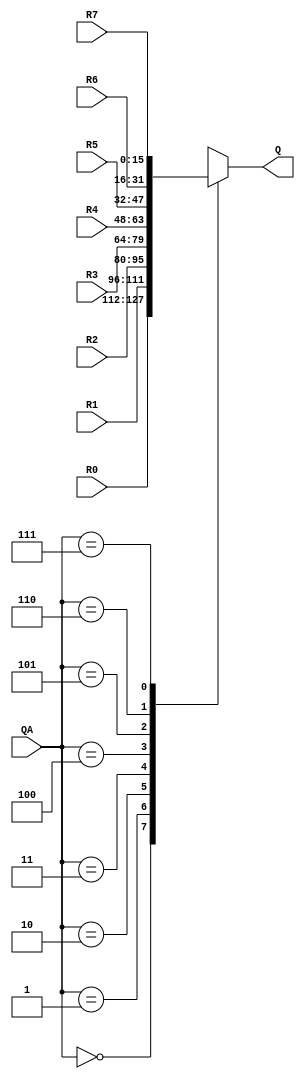
module EIGHTtoONE_MUX16bit(R0, R1, R2, R3, R4, R5, R6, R7, QA, Q);
	input	[15:0]R0;	//input for each register that could propogate to the output
	input [15:0]R1; 
	input [15:0]R2; 
	input [15:0]R3;
	input [15:0]R4;
	input [15:0]R5;
	input [15:0]R6;
	input [15:0]R7;
	input [2:0]QA;		//address of the selected register to propogate to the output
			
	output reg [15:0]Q;	//output of the mux
	
	always begin 
		case(QA)
			3'b000:Q=R0;
			3'b001:Q=R1;
			3'b010:Q=R2;
			3'b011:Q=R3;
			3'b100:Q=R4;
			3'b101:Q=R5;
			3'b110:Q=R6;
			3'b111:Q=R7;
		endcase 
	end
endmodule